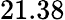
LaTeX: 21.38